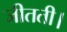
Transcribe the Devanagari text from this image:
जीतती।